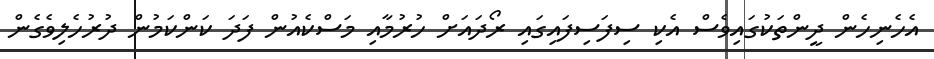
އެހެނިހެން ދީންތަކުގައިވެސް އެކި ސިފަސިފައިގައި ރޯދައަށް ހުރުމާއި މަސްކެއުން ފަދަ ކަންކަމުން ދުރުހެލިވެގެން